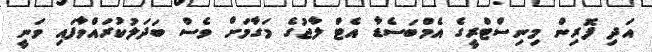
އަދި ފޮރިން މިނިސްޓްރީގެ އެމްބަސެޑާ އެޓް ލާޖުގެ މަގާމަށް ވެސް ބަދަލުކުރައްވާފައި ވަނީ